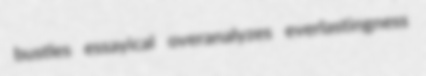
bustles essayical overanalyzes everlastingness